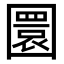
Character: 圜